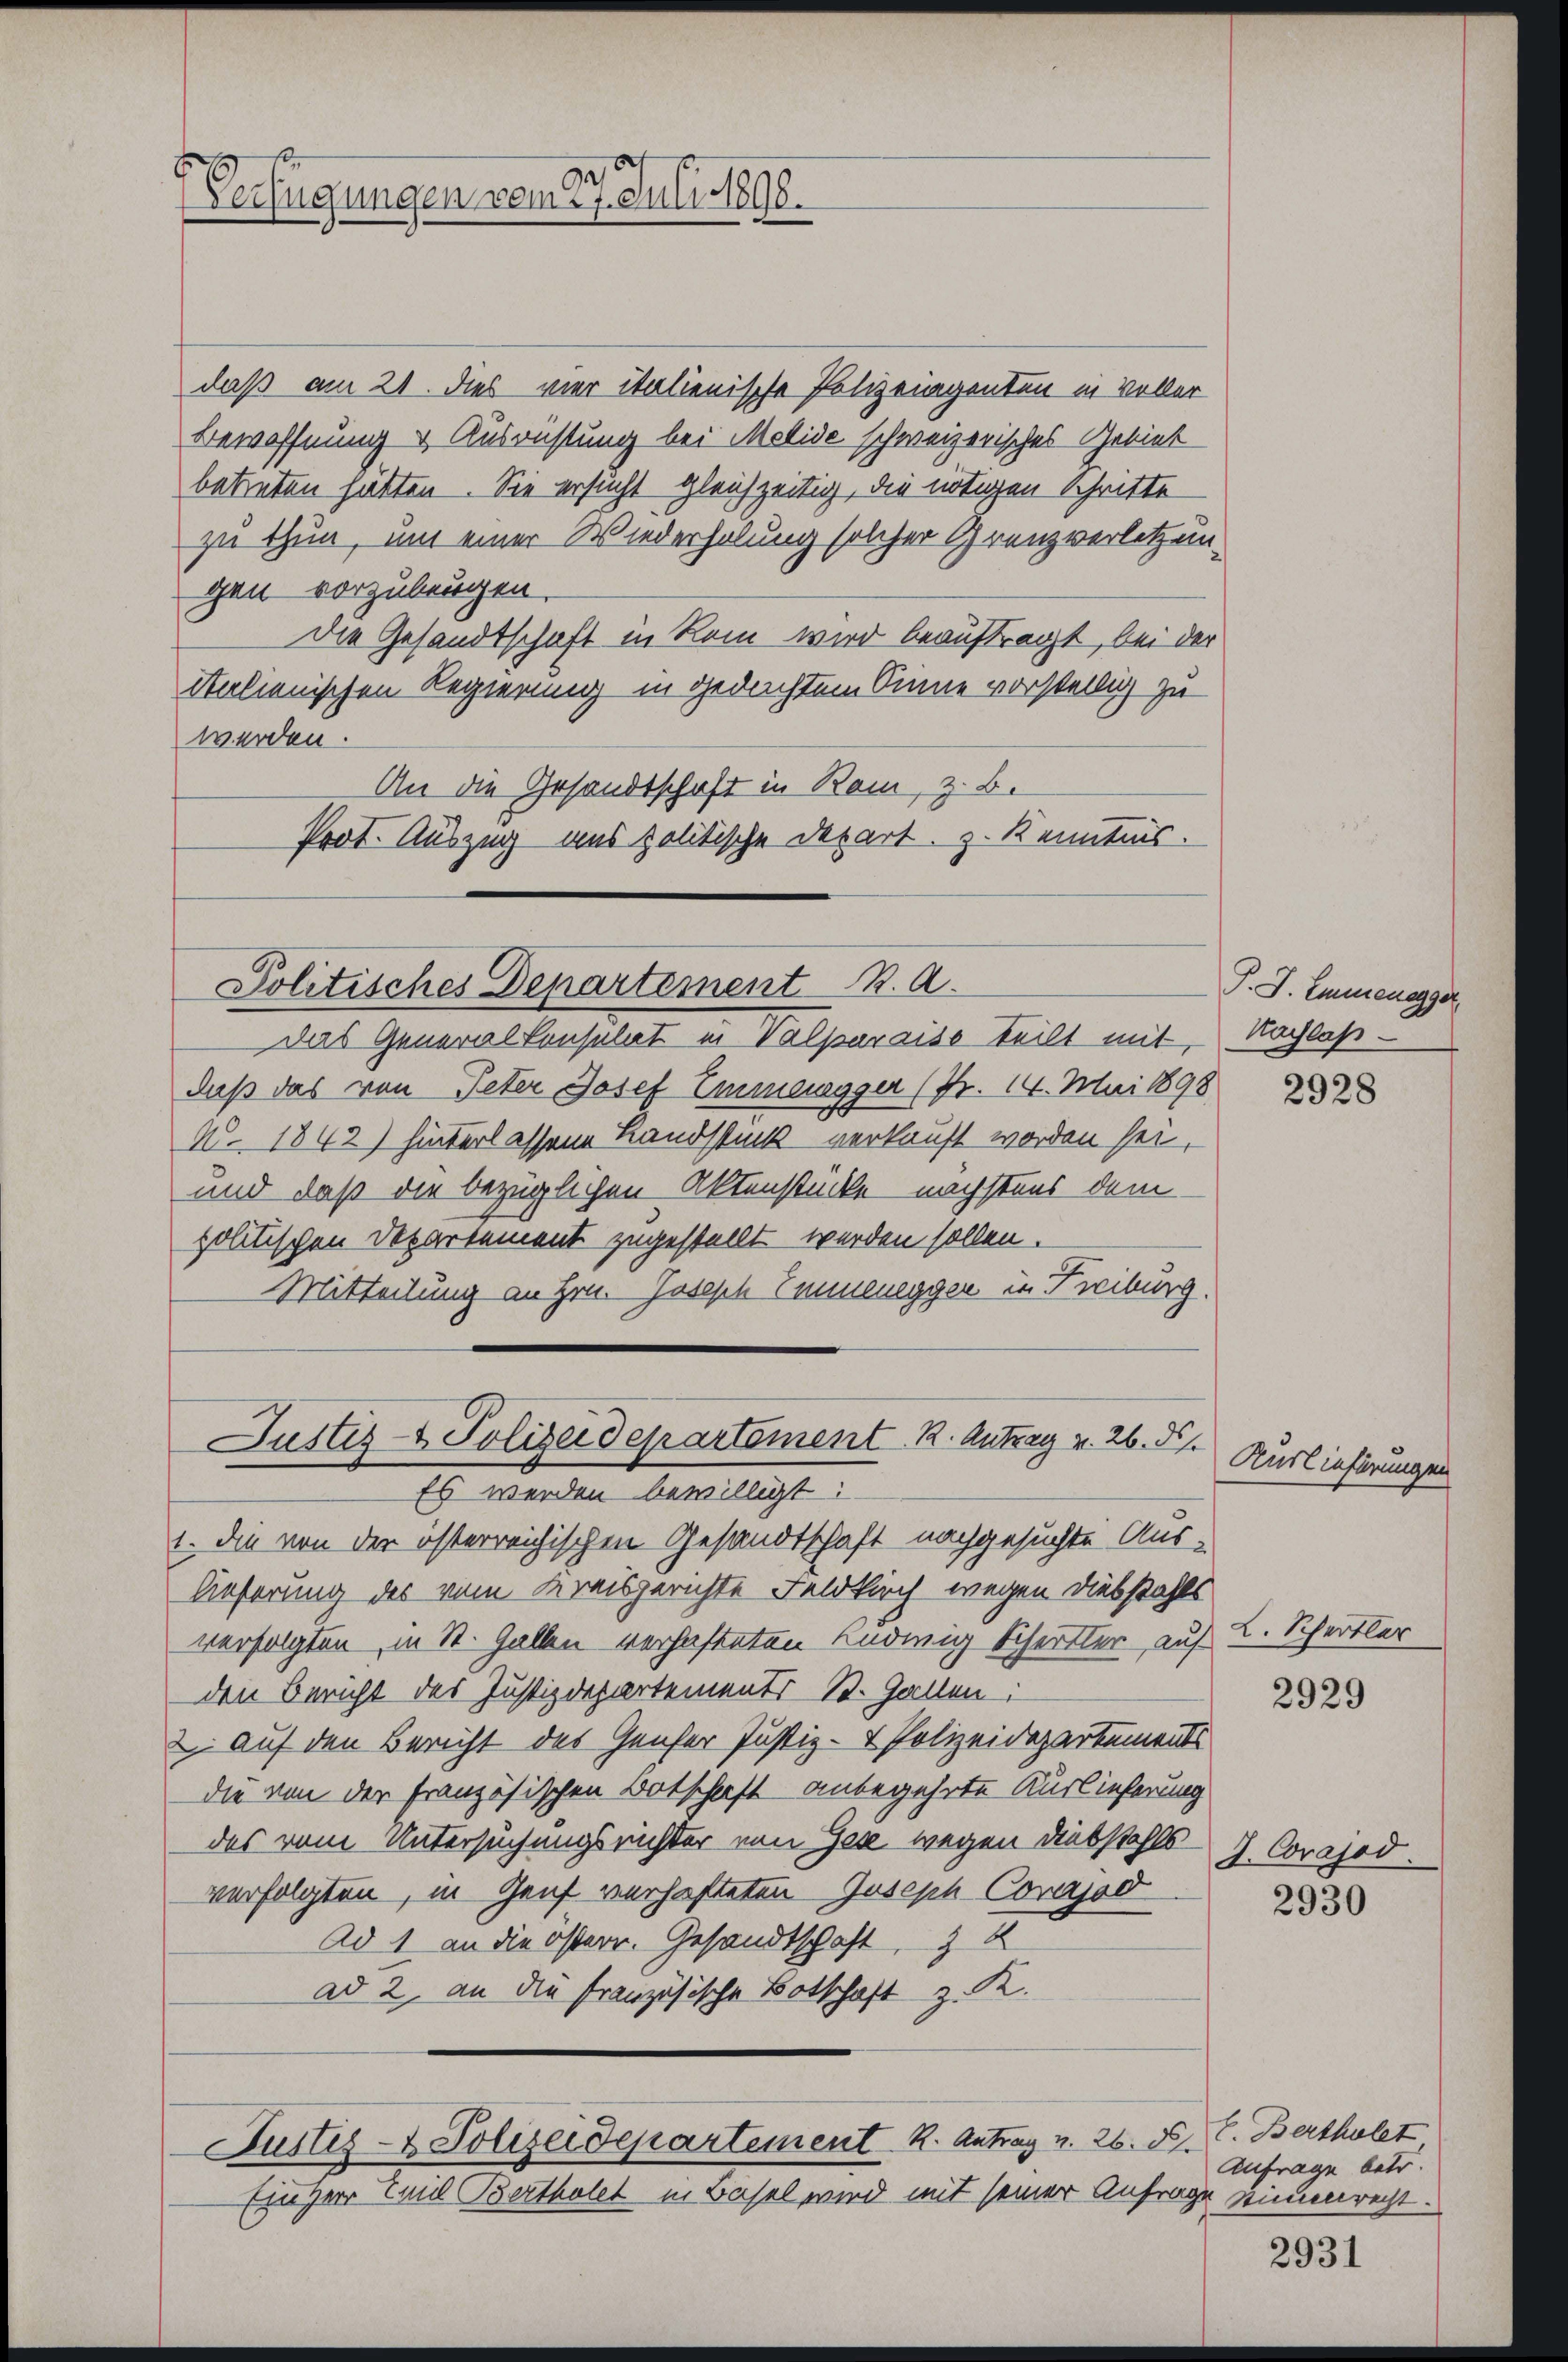
Verfügungen vom 27. Juli 1898.

daß am 21. dies vier italienische Polizeiagenten in Voller
Bewöffnung & Ausrichtung bei Melide schweizerisches Gebiet
betreten hätten. Sie ersucht gleichzeitig, die nötigen Schritte
zu thun, und einer Wiederholung solcher Grenzverletzun-
gen vorzubeugen.
Die Gesandtschaft in Rom wird beauftragt, bei der
italienischen Regierung in gedachtem Sinne vorstellig zu
werden.
An die Gesandtschaft in Ram, z. B.
Prot. Auszug aus politische Depart. z. Kenntnis.

Politisches Departement R. A.

Justiz- & Polizeidepartement K. Antrag v. 26. 51.
Es werden bewilligt:

Justiz- & Polizeidepartement K. Antrag v. 26. N. V. Berthalet
Ein Herr Emil Bertholet in Basel wird mit seiner Anfrage seinenrecht.

Das General Consulat in Valparaiso teilt mit,
daß das von Peter Josef Emmenegger (Fr. 14. Mai 1898
N. 1842) hinterlassene Landstück verkauft worden sei,
und daß die bezüglichen Aktenstücke nächstens dem
politischen Departement zugestellt werden sollen.
Mitteilung an Hrn. Joseph Emmenegger in Freiburg.
1. die von der österreichischen Gesandtschaft nachgesuchte Aus-
lieferung des vom Kreisgerichte Feldkirch wegen Diebstahls
verfolgten, in St. Gallen verhafteten Ludwig Scherter auf
den Bericht des Justizdepartements-St. Gallen:
2 auf den Bericht des Genfer Justiz- & Polizeidepartements
die von der französischen Botschaft anbegehrte Auslieferung
des vom Untersuchungsrichter von Zec wegen Diebstahls
verfolgten, in Genf verhafteten Joseph Corajod
Ad 1 an die österr. Gesandtschaft, § 2
ad 2, an die französische Botschaft z. K.

J. J. Emmenegger,
Nachlaß

2928

Kuslieferungen

L. Scheitler

2929

I. Crajod.

2930

Anfrage betr.

2931